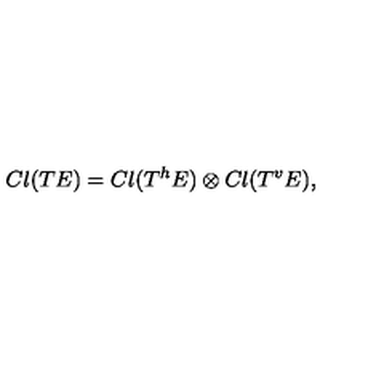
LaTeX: C l ( T E ) = C l ( T ^ { h } E ) \otimes C l ( T ^ { v } E ) ,